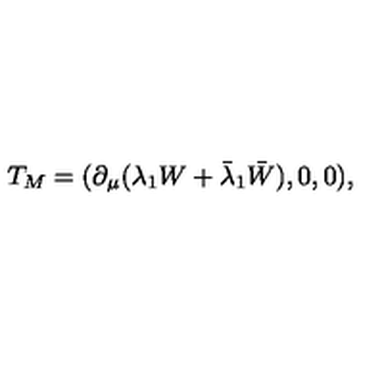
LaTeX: T _ { M } = ( \partial _ { \mu } ( \lambda _ { 1 } W + \bar { \lambda } _ { 1 } \bar { W } ) , 0 , 0 ) ,